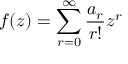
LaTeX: f ( z ) = \sum _ { r = 0 } ^ { \infty } \frac { a _ { r } } { r ! } z ^ { r }